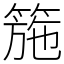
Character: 箷